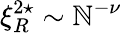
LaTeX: \xi_{R}^{2\star}\sim\mathbb{N}^{-\nu}